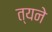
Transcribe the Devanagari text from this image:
त्यने